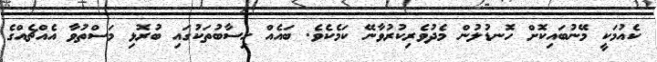
ކެއުމަކީ މޭނުބައިކޮށް ހޮނޑުލުން މެދުވެރިކުރުވާނޭ ކަމެކެވެ. ބައެއް ހިސާބުތަކުގައި ބުރޮޅި މަސްތުވާ އެއްޗެއްގެ